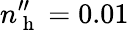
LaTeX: n_{\mathrm{~h~}}^{\prime\prime}=0.01